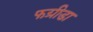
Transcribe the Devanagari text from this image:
फग्रीडा